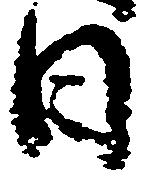
日